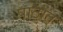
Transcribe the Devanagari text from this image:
पाठात्‌